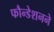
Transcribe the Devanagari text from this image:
फौन्डेशनने